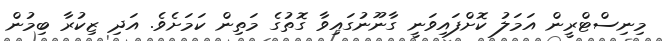
މިނިސްޓްރީން އަމަލު ކޮށްފައިވަނީ ގާނޫނުގައިވާ ގޮތުގެ މަތިން ކަމަށެވެ. އަދި ޒިކުރާ ބިމުން